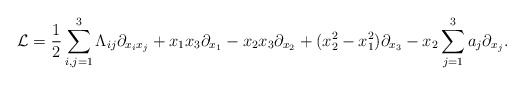
\begin{align*} \mathcal{L} = \frac{1}{2}\sum_{i,j=1}^3 \Lambda_{ij} \partial_{x_i x_j} +x_1 x_3 \partial_{x_1} - x_2 x_3 \partial_{x_2} + (x_2^2 - x_1^2)\partial_{x_3} - x_2\sum_{j=1}^3 a_j \partial_{x_j}.\end{align*}